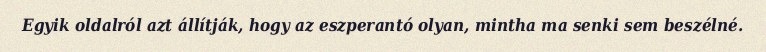
Egyik oldalról azt állítják, hogy az eszperantó olyan, mintha ma senki sem beszélné.